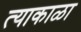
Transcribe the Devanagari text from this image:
त्याकाळा